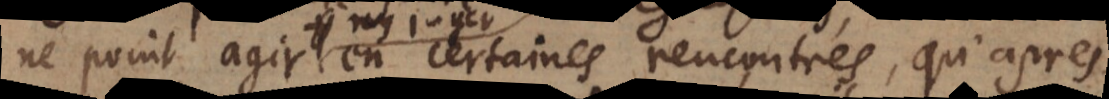
ne point agir en certaines rencontres, qu’après